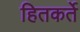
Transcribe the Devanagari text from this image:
हितकर्ते